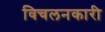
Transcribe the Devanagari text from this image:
विचलनकारी